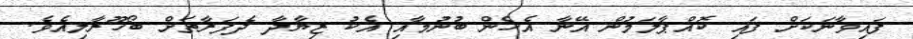
ފައިވާނަކަށް ފައި ކޮއްޕާލަމުން އޭނާ އެހެން ބުނުމާއި އެކު ޒިޔާދާ ދެފަރާތަށް ބޯހޫރާލިއެވެ.